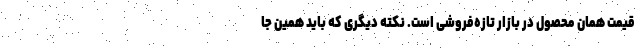
قیمت همان محصول در بازار تازه‌فروشی است. نکته دیگری که باید همین جا